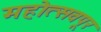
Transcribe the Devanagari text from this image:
महोत्सवपूर